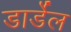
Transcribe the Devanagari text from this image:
डार्डेल